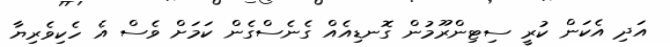
އަދި އެކަން ކުރީ ސިޓިންރޫމުން ގޮނޑިއެއް ގެނެސްގެން ކަމަށް ވެސް އެ ހެކިވެރިޔާ